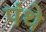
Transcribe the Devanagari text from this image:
पंथे